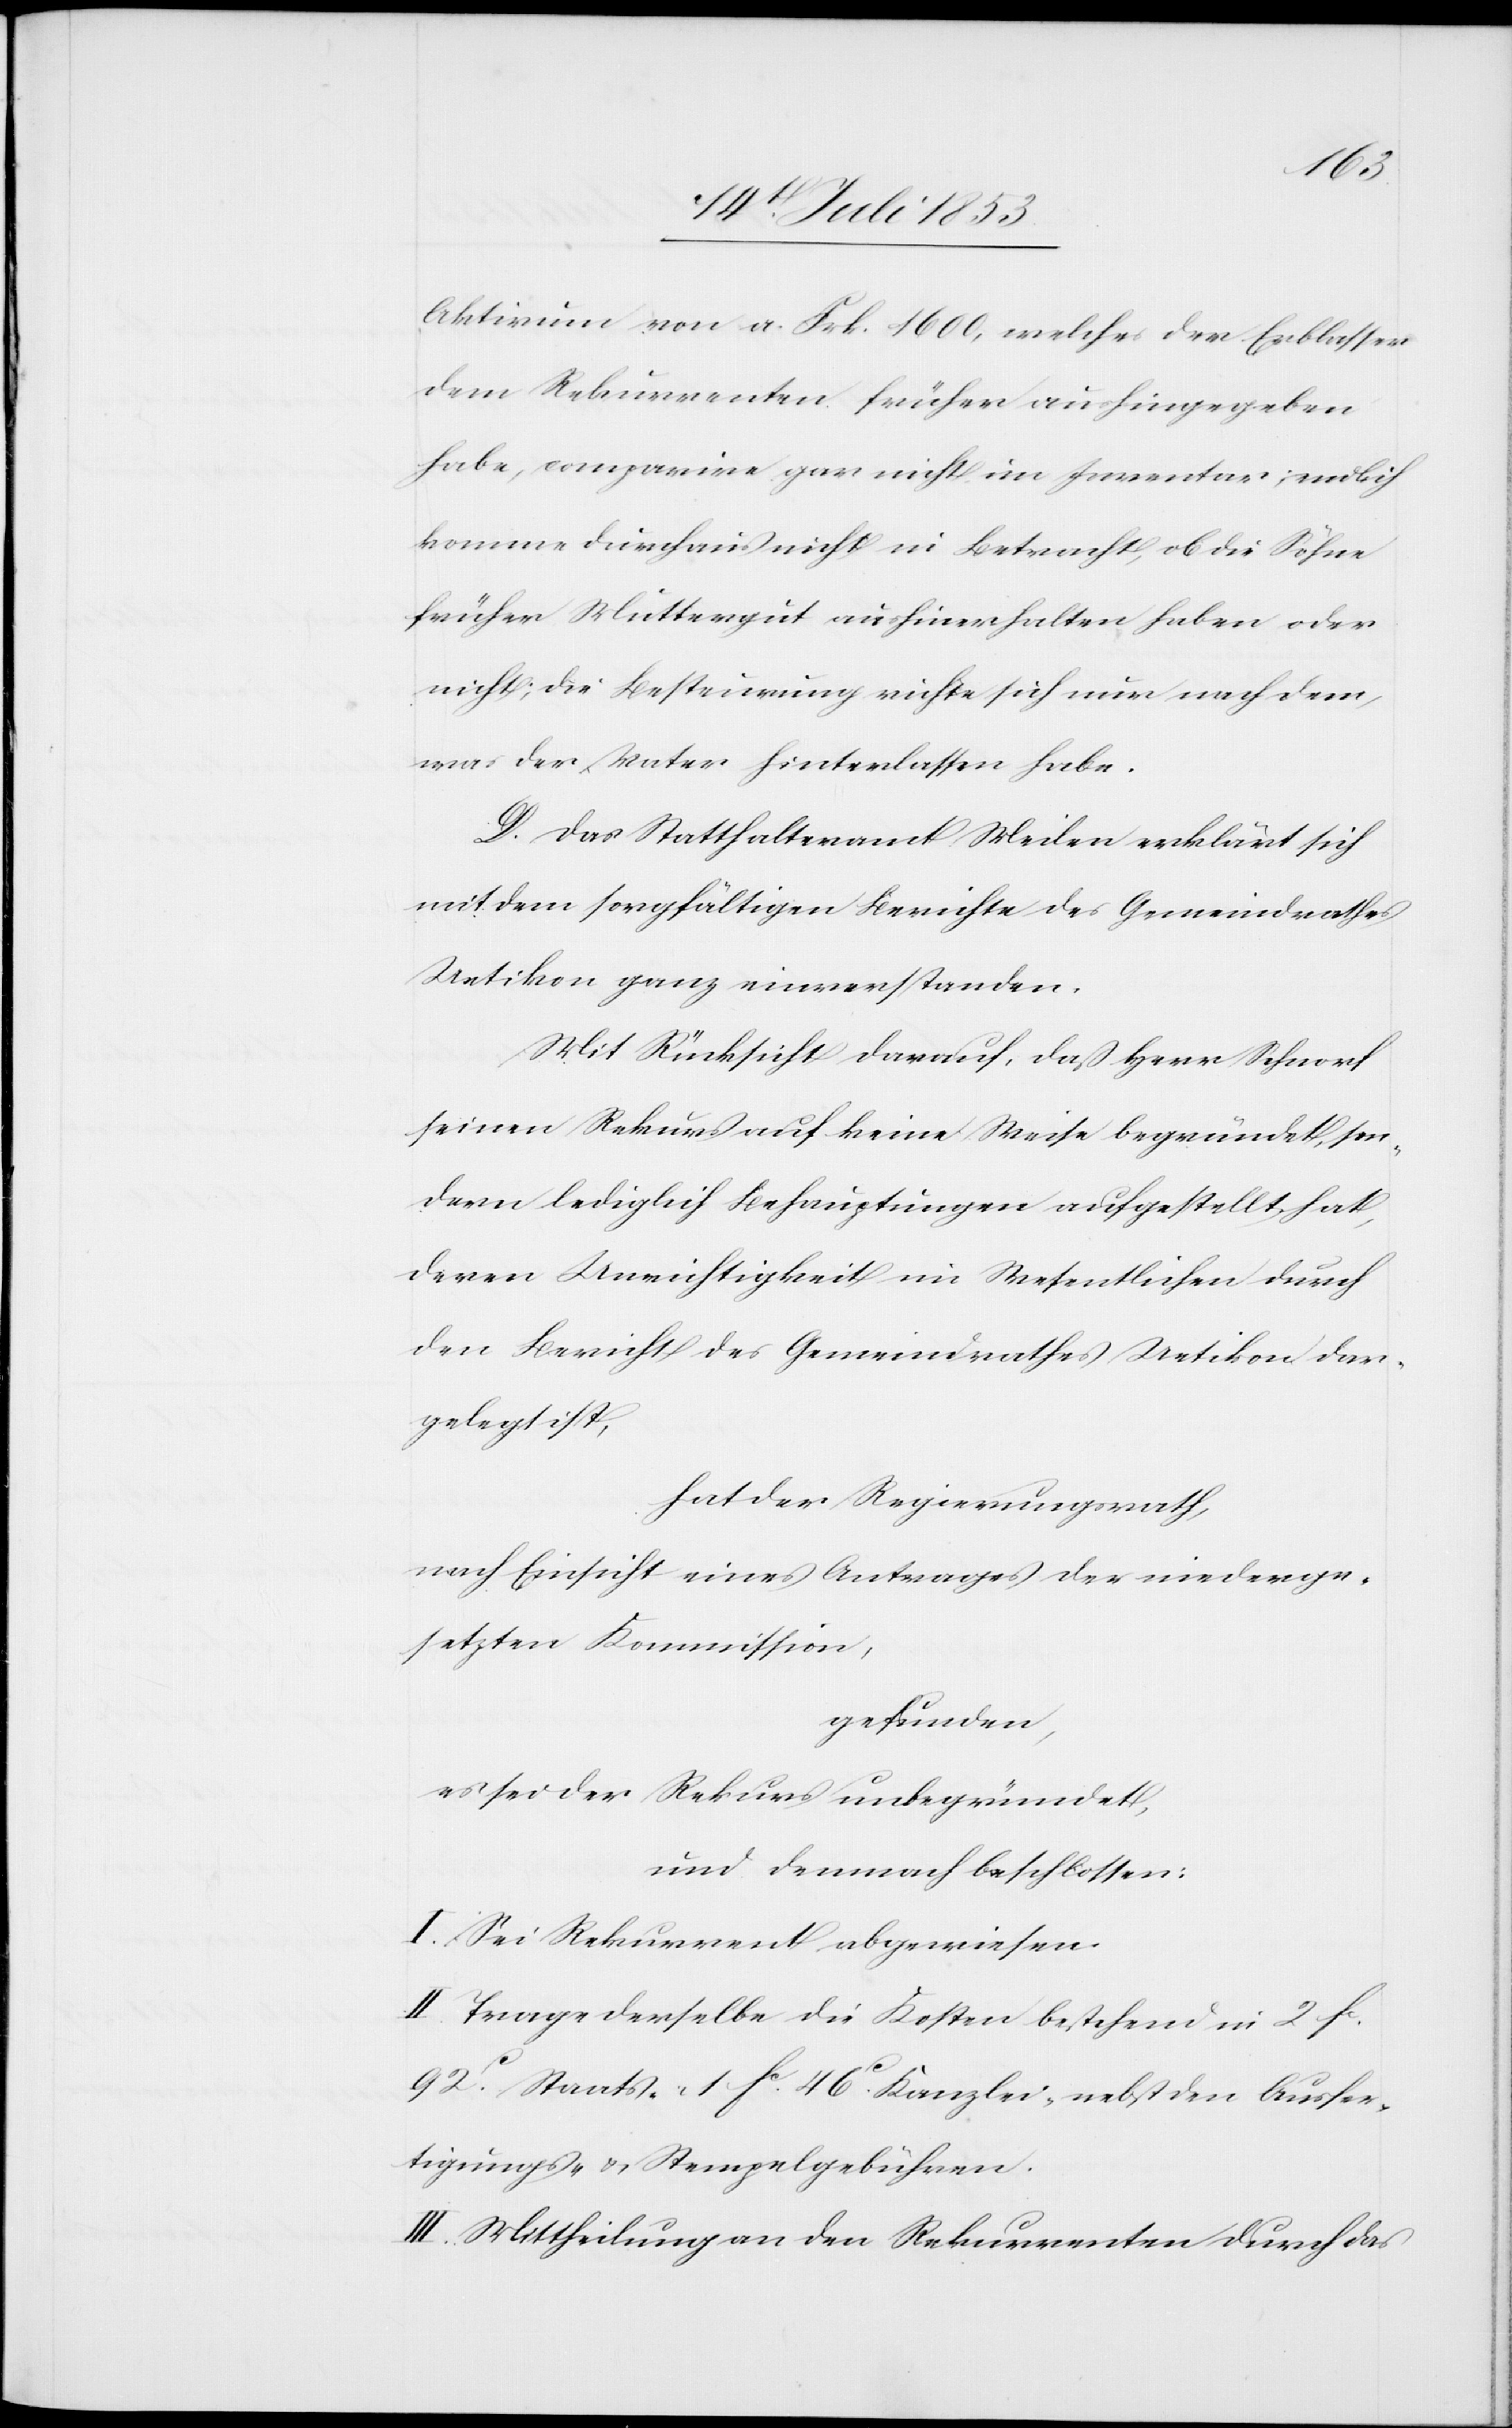
Aktivum von a. Frk. 1600, welches der Erblasser
dem Rekurrenten früher aushingegeben
habe, comparire gar nicht im Inventar; endlich
komme durchaus nicht in Betracht, ob die Söhne
früher Muttergut aushinerhalten haben oder
nicht; die Besteuerung richte sich nur nachdem,
was der Vater hinterlassen habe.
D. Das Statthalteramt Meilen erklärt sich
mit dem sorgfältigen Berichte des Gemeindrathes
Uetikon ganz einverstanden.
Mit Rücksicht darauf, daß Herr Schnorf
seinen Rekurs auf keine Weise begründet, son¬
dern lediglich Behauptungen aufgestellt hat,
deren Unwichtigkeit im Wesentlichen durch
den Bericht des Gemeindrathes Uetikon dar¬
gelegt ist,
hat der Regierungsrath,
nach Einsicht eines Antrages der niederge¬
setzten Kommission,
gefunden,
es sei der Rekurs unbegründet,
und demnach beschlossen:
I. Sei Rekurrent abgewiesen:
II. Trage derselbe die Kosten bestehend in 2 fc
92c Staats- 1 fc 46c Kanzlei- nebst den Ausfer¬
tigungs- u. Stempelgebühren.
III. Mittheilung an den Rekurrenten durch das